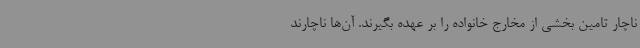
ناچار تامین بخشی از مخارج خانواده را بر عهده بگیرند. آن‌ها ناچارند